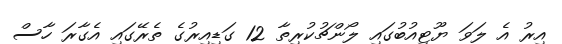
އިރު އެ ލަވަ ޔޫޓިއުބުގައި ލޯންޗުކުރިތާ 12 ގަޑިއިރުގެ ތެރޭގައި އެގާރަ ހާސް